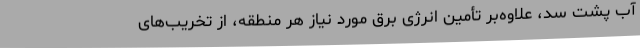
آب پشت سد، علاوه‌بر تأمین انرژی برق مورد نیاز هر منطقه، از تخریب‌های